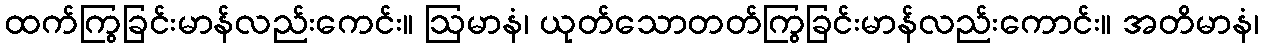
ထက်ကြွခြင်းမာန်လည်းကေင်း။ ဩမာနံ၊ ယုတ်သောတတ်ကြွခြင်းမာန်လည်းကောင်း။ အတိမာနံ၊